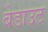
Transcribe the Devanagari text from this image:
बेडाउट